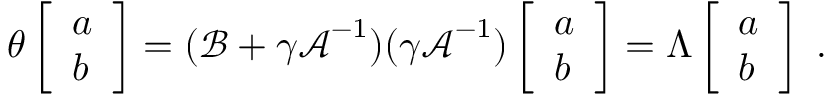
\theta \left[ \begin{array} { l } { a } \\ { b } \end{array} \right] = ( \boldsymbol { \mathcal { B } } + \gamma \boldsymbol { \mathcal { A } } ^ { - 1 } ) ( \gamma \boldsymbol { \mathcal { A } } ^ { - 1 } ) \left[ \begin{array} { l } { a } \\ { b } \end{array} \right] = \Lambda \left[ \begin{array} { l } { a } \\ { b } \end{array} \right] \; .